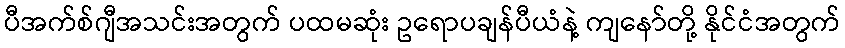
ပီအက်စ်ဂျီအသင်းအတွက် ပထမဆုံး ဥရောပချန်ပီယံနဲ့ ကျနော်တို့ နိုင်ငံအတွက်